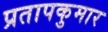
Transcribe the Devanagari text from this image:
प्रतापकुमार